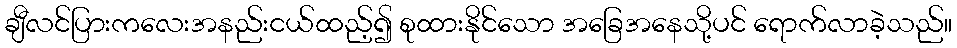
ချီလင်ပြားကလေးအနည်းငယ်ထည့်၍ စုထားနိုင်သော အခြေအနေသို့ပင် ရောက်လာခဲ့သည်။